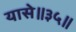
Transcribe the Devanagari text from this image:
यासे॥३५॥